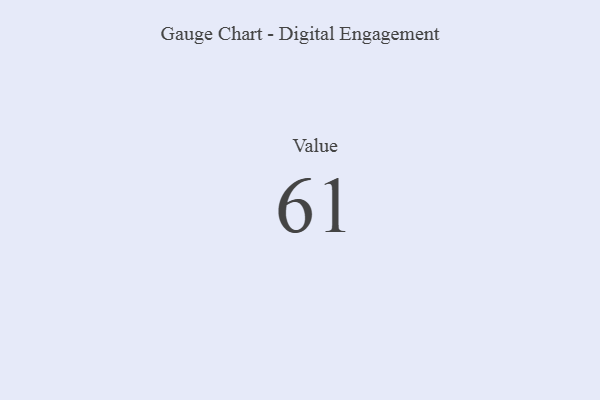
{"axis": {"x": "Metric", "y": "Value"}, "legend": [""], "data": [{"x": "Value", "y": 61, "type": ""}]}